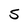
Character: 5